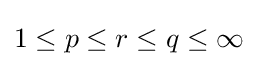
1\leq p\leq r\leq q\leq \infty